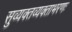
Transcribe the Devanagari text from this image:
सुव्यक्तव्यक्ताभरणः